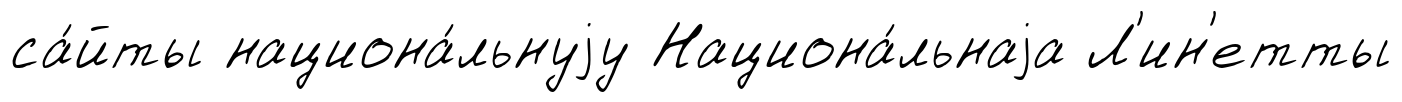
са́йты национа́льнуjу Национа́льнаjа Л'ин'етты